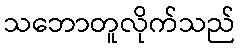
သဘောတူလိုက်သည်